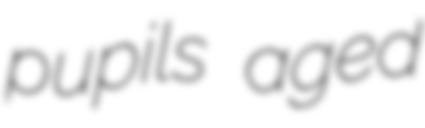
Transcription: pupils aged